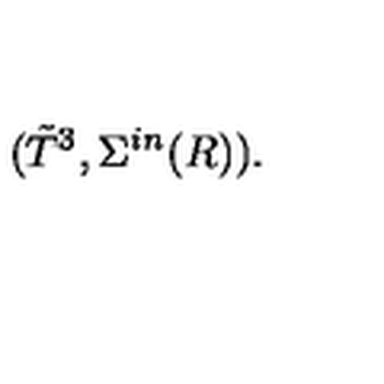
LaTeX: ( { \tilde { T } } ^ { 3 } , \Sigma ^ { i n } ( R ) ) .